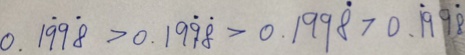
0 . 1 \dot { 9 } 9 \dot { 8 } > 0 . 1 9 \dot { 9 } \dot { 8 } > 0 . 1 9 9 \dot { 8 } > 0 . 1 \dot { 9 } 9 \dot { 8 }